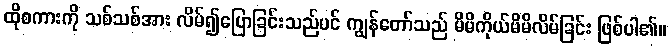
ထိုစကားကို သစ်သစ်အား လိမ်၍ပြောခြင်းသည်ပင် ကျွန်တော်သည် မိမိကိုယ်မိမိလိမ်ခြင်း ဖြစ်ပါ၏။